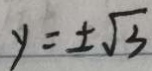
y = \pm \sqrt { 3 }